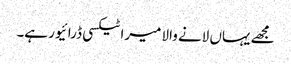
مجھے یہاں لانے والا میرا ٹیکسی ڈرائیور ہے۔